Lunatic asylums Punjab 1881-1894 - 1881-1894
Year: 1881
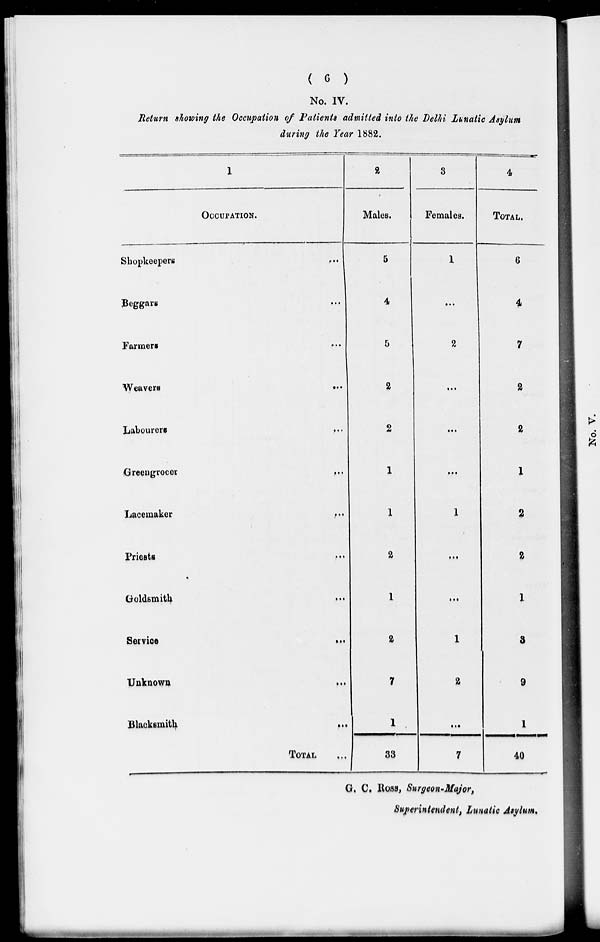
( 6 )
No. IV.
Return showing the Occupation of Patients admitted into the Delhi Lunatic Asylum
during the Year 1882.
1
OCCUPATION.
Shopkeepers ...
Beggars ...
Farmers ...
Weavers
...
Labourers ...
Greengrocer
...
Lacemaker
...
Priests ...
Goldsmith
...
Service
...
Unknown
Blacksmith
...
TOTAL ...
2
Males.
5
4
5
2
2
1
1
2
1
2
7
1
33
3
Females.
1
...
2
...
...
...
1
...
...
1
2
...
7
4
TOTAL.
6
4
7
2
2
1
2
2
1
3
9
1
40
G. C. ROSS, Surgeon-Major,
Superintendent, Lunatic Asylum.